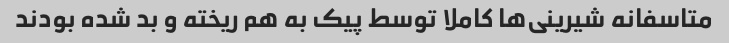
متاسفانه شیرینی‌ها کاملا توسط پیک به هم ریخته و بد شده بودند